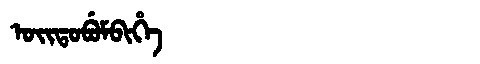
Manchu: ᠣᡳᡨᠣᠪᡠᠮᠪᡳᡥᡝ
Romanization: OITOBUMBIHE